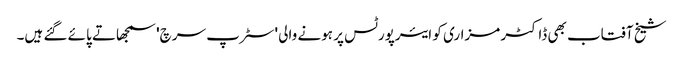
شیخ آفتاب بھی ڈاکٹر مزاری کو ایئرپورٹس پر ہونے والی 'سٹرپ سرچ' سمجھاتے پائے گئے ہیں۔